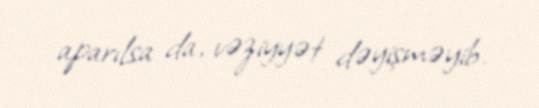
aparılsa da, vəziyyət dəyişməyib.